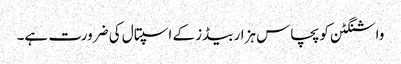
واشنگٹن کو پچاس ہزار بیڈز کے اسپتال کی ضرورت ہے۔